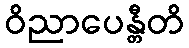
ဝိညာပေန္တီတိ